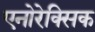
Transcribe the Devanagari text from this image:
एनोरेक्सिक